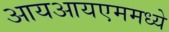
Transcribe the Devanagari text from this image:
आयआयएममध्ये